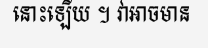
នោះឡើយ ។ វាអាចមាន